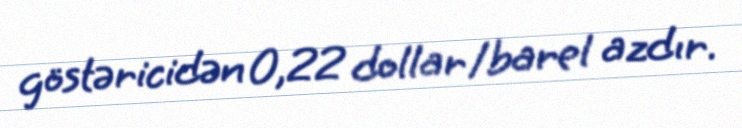
göstəricidən 0,22 dollar/barel azdır.